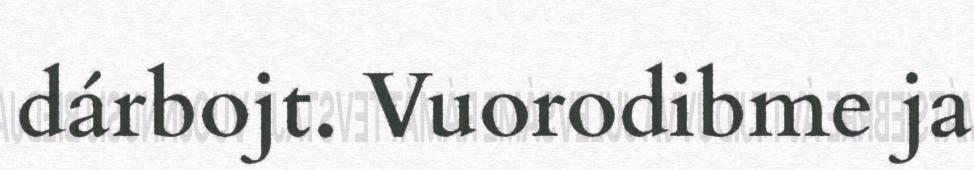
dárbojt. Vuorodibme ja